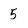
Character: 5